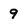
Character: 9